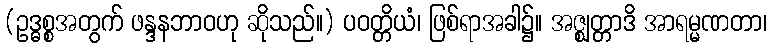
(ဥဒ္ဓစ္စအတွက် ဖန္ဒနဘာဝဟု ဆိုသည်။) ပဝတ္တိယံ၊ ဖြစ်ရာအခါ၌။ အဇ္ဈတ္တာဒိ အာရမ္မဏတာ၊